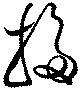
掃